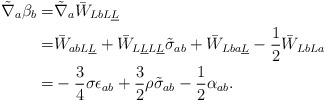
\begin{align*}\tilde \nabla_a \beta_b =& \tilde \nabla_a \bar W_{Lb L \underline L}\\=& \bar W_{a b L \underline L} +\bar W_{L\underline{L} L \underline L} \tilde \sigma_{ab} + \bar W_{Lb a \underline L} - \frac{1}{2} \bar W_{Lb L a} \\= &-\frac{3}{4} \sigma \epsilon_{ab} + \frac{3}{2} \rho \tilde \sigma_{ab} - \frac{1}{2} \alpha_{ab}.\end{align*}